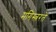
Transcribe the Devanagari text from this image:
मगिस्त्ररते